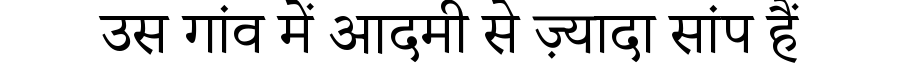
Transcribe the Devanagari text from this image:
उस गांव में आदमी से ज़्यादा सांप हैं